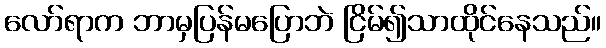
လော်ရာက ဘာမှပြန်မပြောဘဲ ငြိမ်၍သာထိုင်နေသည်။